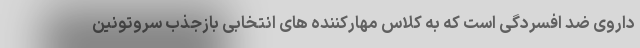
داروی ضد افسردگی است که به کلاس مهارکننده های انتخابی بازجذب سروتونین